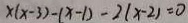
x ( x - 3 ) - ( x - 1 ) - 2 ( x - 2 ) = 0